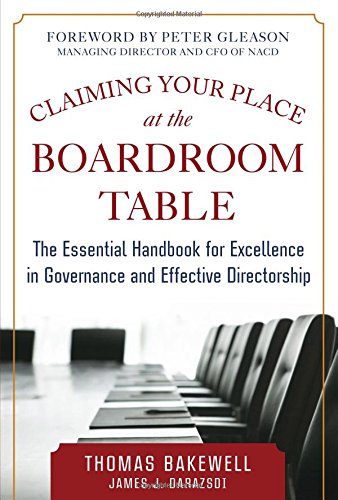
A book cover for Claiming Your Place at the Boardroom Table: The Essential Handbook for Excellence in Governance and Effective Directorship; Thomas Bakewell; Business & Money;